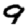
Digit: 9